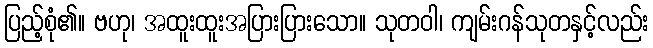
ပြည့်စုံ၏။ ဗဟု၊ အထူးထူးအပြားပြားသော။ သုတဝါ၊ ကျမ်းဂန်သုတနှင့်လည်း